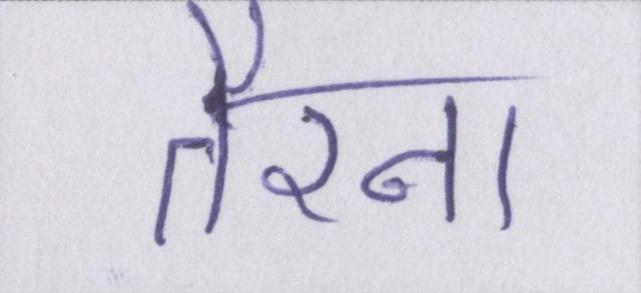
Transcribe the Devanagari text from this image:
तैरना